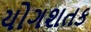
યોગશતક